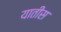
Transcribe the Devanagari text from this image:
यातीस